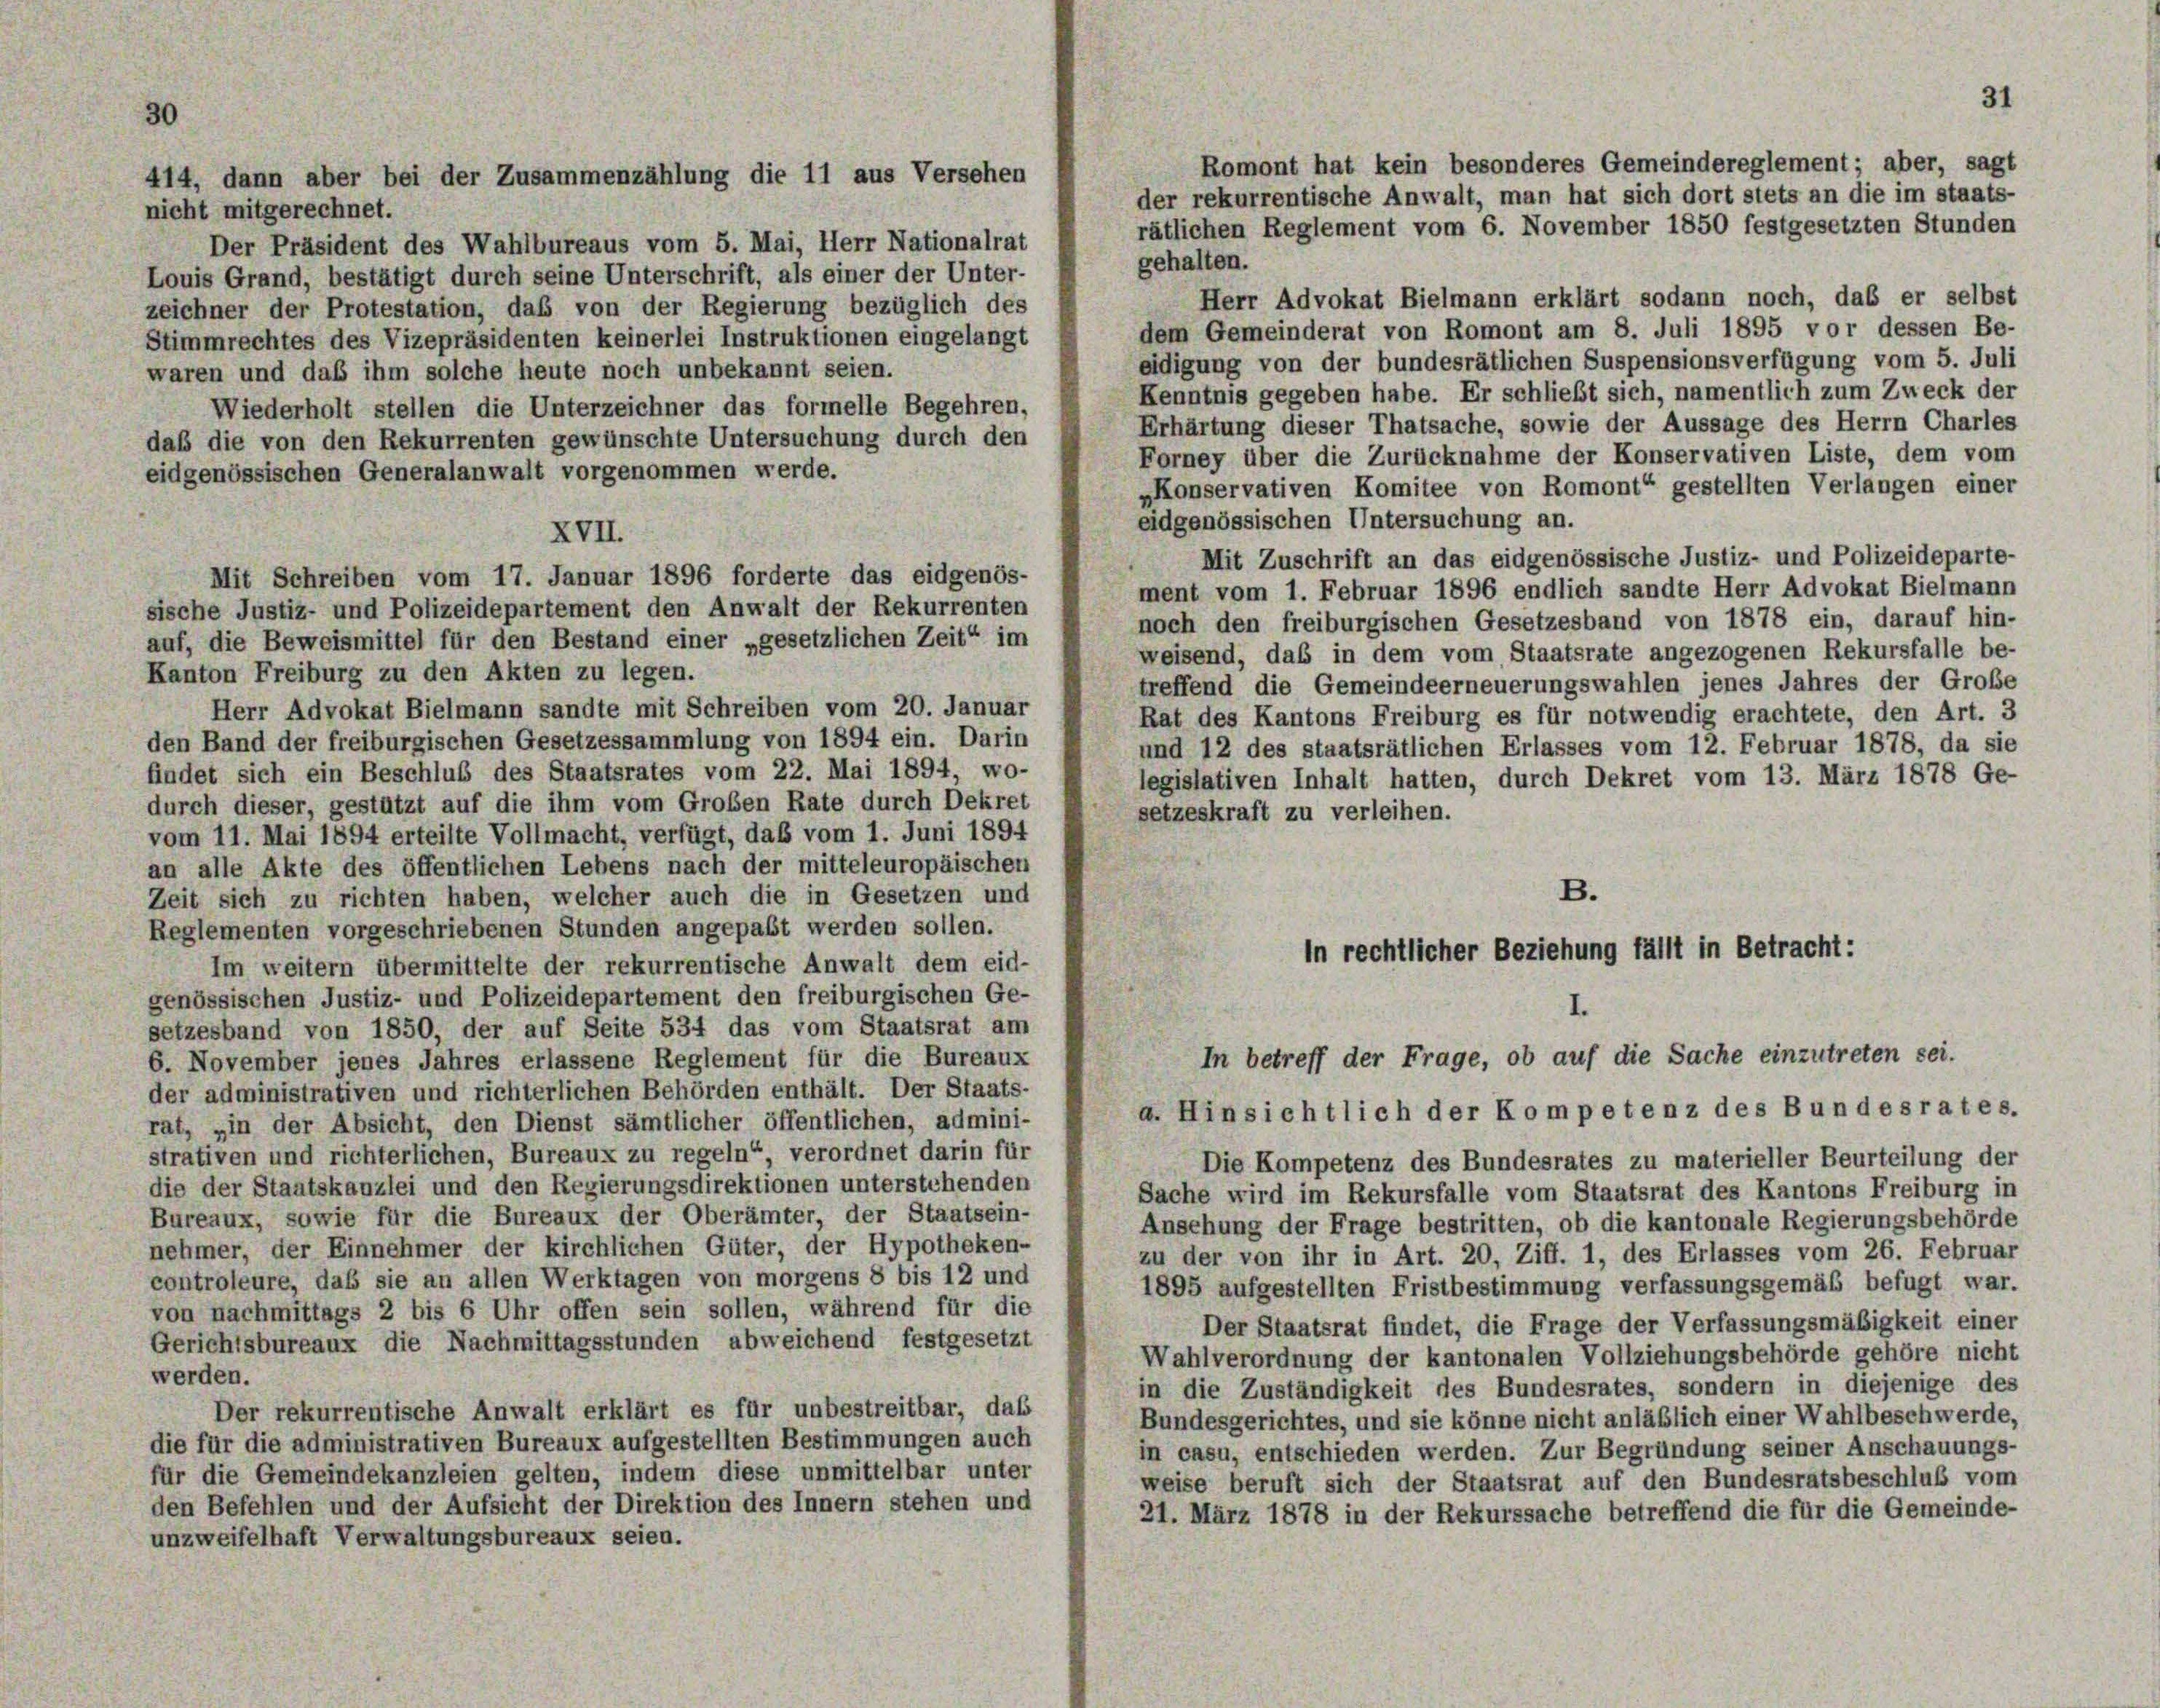
30

414, dann aber bei der Zusammenzählung die 11 aus Versehen

Romont hat kein besonderes Gemeindereglement; aber, sagt
der rekurrentische Anwalt, man hat sich dort stets an die im staats-
nicht mitgerechnet.
Der Präsident des Wahlbureaus vom 5. Mai, Herr Nationalrat
gehalten.
Louis Grand, bestätigt durch seine Unterschrift, als einer der Unter-
Herr Advokat Bielmann erklärt sodann noch, das er selbst
zeichner der Protestation, das von der Regierung bezüglich des
dem Gemeinderat von Romont am 8. Juli 1895 vor dessen Be-
Stimmrechtes des Vizepräsidenten keinerlei Instruktionen eingelangt
eidigung von der bundesrätlichen Suspensionsverfügung vom 5. Juli
waren und daß ihm solche heute noch unbekannt seien.
Kenntnis gegeben habe. Er schließt sich, namentlich zum Zweck der
Wiederholt stellen die Unterzeichner das formelle Begehren,
Erhärtung dieser Thatsache, sowie der Aussage des Herrn Charles
daß die von den Rekurrenten gewünschte Untersuchung durch den
Forney über die Zurücknahme der Konservativen Liste, dem vom
eidgenössischen Generalanwalt vorgenommen werde.
„Konservativen Komitee von Romont“ gestellten Verlangen einer
eidgenössischen Untersuchung an.
XVII.
Mit Zuschrift an das eidgenössische Justiz- und Polizeideparte-
Mit Schreiben vom 17. Januar 1896 forderte das eidgenös-
ment vom 1. Februar 1896 endlich sandte Herr Advokat Bielmann
sische Justiz- und Polizeidepartement den Anwalt der Rekurrenten
noch den freiburgischen Gesetzesband von 1878 ein, darauf hin-
auf, die Beweismittel für den Bestand einer „gesetzlichen Zeit“ im
weisend, daß in dem vom Staatsrate angezogenen Rekursfalle be-
Kanton Freiburg zu den Akten zu legen.
treffend die Gemeindeerneuerungswahlen jenes Jahres der Große
Herr Advokat Bielmann sandte mit Schreiben vom 20. Januar
Rat des Kantons Freiburg es für notwendig erachtete, den Art. 3
den Band der freiburgischen Gesetzessammlung von 1894 ein. Darin
und 12 des staatsrätlichen Erlasses vom 12. Februar 1878, da sie
findet sich ein Beschluß des Staatsrates vom 22. Mai 1894, wo-
legislativen Inhalt hatten, durch Dekret vom 13. März 1878 Ge-
durch dieser, gestützt auf die ihm vom Großen Rate durch Dekret
setzeskraft zu verleihen.
vom 11. Mai 1894 erteilte Vollmacht, verfügt, daß vom 1. Juni 1894
an alle Akte des öffentlichen Lebens nach der mitteleuropäischen
B.
Zeit sich zu richten haben, welcher auch die in Gesetzen und
Reglementen vorgeschriebenen Stunden angepaßt werden sollen.
in rechtlicher Beziehung fällt in Betracht:
Im weitern übermittelte der rekurrentische Anwalt dem eid-
genössischen Justiz- und Polizeidepartement den freiburgischen Ge-
setzesband von 1850, der auf Seite 534 das vom Staatsrat am
In betreff der Frage, ob auf die Sache einzutreten sei.
6. November jenes Jahres erlassene Reglement für die Bureaux
der administrativen und richterlichen Behörden enthält. Der Staats-
a. Hinsichtlich der Kompetenz des Bundesrates.
rat, „in der Absicht, den Dienst sämtlicher öffentlichen, admini-
strativen und richterlichen, Bureaux zu regeln“ verordnet darin für
Die Kompetenz des Bundesrates zu materieller Beurteilung der
die der Staatskanzlei und den Regierungsdirektionen unterstehenden
Sache wird im Rekursfalle vom Staatsrat des Kantons Freiburg in
Bureaux, sowie für die Bureaux der Oberämter, der Staatsein-
Ansehung der Frage bestritten, ob die kantonale Regierungsbehörde
nehmer, der Einnehmer der kirchlichen Güter, der Hypotheken-
zu der von ihr in Art. 20, Ziff. 1, des Erlasses vom 26. Februar
controleure, daß sie an allen Werktagen von morgens 8 bis 12 und
1895 aufgestellten Fristbestimmung verfassungsgemäß befugt war.
von nachmittags 2 bis 6 Uhr offen sein sollen, während für die
Der Staatsrat findet, die Frage der Verfassungsmäßigkeit einer
Gerichtsbureaux die Nachmittagsstunden abweichend festgesetzt
Wahlverordnung der kantonalen Vollziehungsbehörde gehöre nicht
werden.
in die Zuständigkeit des Bundesrates, sondern in diejenige des
Der rekurrentische Anwalt erklärt es für unbestreitbar, daß
Bundesgerichtes, und sie könne nicht anläßlich einer Wahlbeschwerde,
die für die administrativen Bureaux aufgestellten Bestimmungen auch
in casu, entschieden werden. Zur Begründung seiner Anschauungs-
für die Gemeindekanzleien gelten, indem diese unmittelbar unter
weise beruft sich der Staatsrat auf den Bundesratsbeschluß vom
den Befehlen und der Aufsicht der Direktion des Innern stehen und
21. März 1878 in der Rekurssache betreffend die für die Gemeinde-
unzweifelhaft Verwaltungsbureaux seien.

rätlichen Reglement vom 6. November 1850 festgesetzten Stunden

31